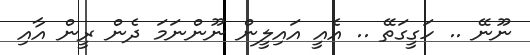
ނޫނޭ .. ހަގީގަތޭ .. އެއީ އައިލީން ނޫންނަމަ ދެން ރީން އާއި